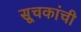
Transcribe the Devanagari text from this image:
सूचकांची